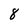
Character: 8